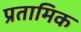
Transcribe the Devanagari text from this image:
प्रतामिक